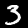
Label: 3